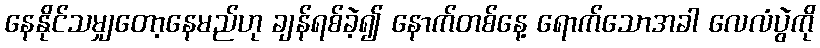
နေနိုင်သမျှတော့နေမည်ဟု ချန်ရစ်ခဲ့၍ နောက်တစ်နေ့ ရောက်သောအခါ လေလံပွဲကို